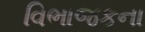
વિભાજકના